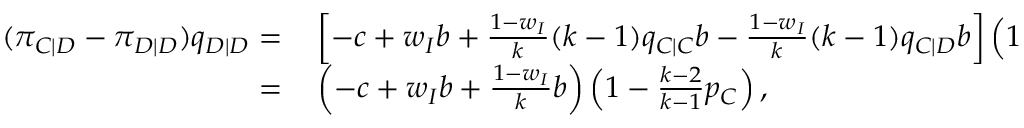
\begin{array} { r l } { ( \pi _ { C | D } - \pi _ { D | D } ) q _ { D | D } = } & { { } \left[ - c + w _ { I } b + \frac { 1 - w _ { I } } { k } ( k - 1 ) q _ { C | C } b - \frac { 1 - w _ { I } } { k } ( k - 1 ) q _ { C | D } b \right] \left( 1 - \frac { k - 2 } { k - 1 } p _ { C } \right) } \\ { = } & { { } \left( - c + w _ { I } b + \frac { 1 - w _ { I } } { k } b \right) \left( 1 - \frac { k - 2 } { k - 1 } p _ { C } \right) , } \end{array}